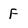
Character: F